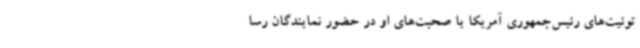
توئیت‌های رئیس‌جمهوری آمریکا یا صحبت‌های او در حضور نمایندگان رسا